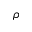
\rho